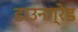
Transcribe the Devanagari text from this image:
डाउनग्रेड